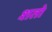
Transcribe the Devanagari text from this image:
शतो